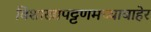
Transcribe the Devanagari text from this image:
विशाखापट्टणमच्याबाहेर